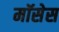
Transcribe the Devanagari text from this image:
मॉसेस